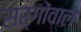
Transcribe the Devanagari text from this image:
सर्गोंवाले